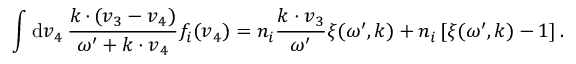
\int \mathrm { d } \boldsymbol { v } _ { 4 } \, \frac { \boldsymbol { k \, \cdot \, } ( \boldsymbol { v } _ { 3 } - \boldsymbol { v } _ { 4 } ) } { \omega ^ { \prime } + \boldsymbol { k \cdot v } _ { 4 } } f _ { i } ( \boldsymbol { v } _ { 4 } ) = n _ { i } \frac { \boldsymbol { k \cdot v } _ { 3 } } { \omega ^ { \prime } } \xi ( \omega ^ { \prime } , \boldsymbol { k } ) + n _ { i } \, [ \xi ( \omega ^ { \prime } , \boldsymbol { k } ) - 1 ] \, .